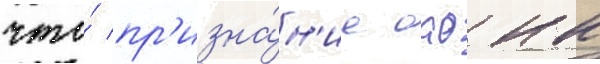
что́ пр'изна́н'ие оао нк